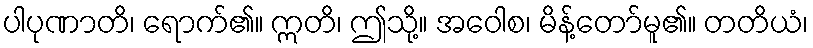
ပါပုဏာတိ၊ ရောက်၏။ ဣတိ၊ ဤသို့။ အဝေါစ၊ မိန့်တော်မူ၏။ တတိယံ၊